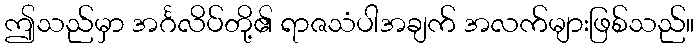
ဤသည်မှာ အင်္ဂလိပ်တို့၏ ရာဇသံပါအချက် အလက်များဖြစ်သည်။